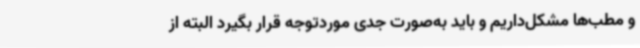
و مطب‌ها مشکل‌داریم و باید به‌صورت جدی موردتوجه قرار بگیرد البته از